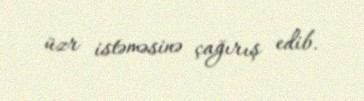
üzr istəməsinə çağırış edib.